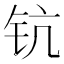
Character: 钪